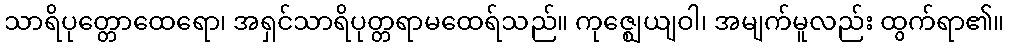
သာရိပုတ္တောထေရော၊ အရှင်သာရိပုတ္တရာမထေရ်သည်။ ကုဇ္ဈေယျဝါ၊ အမျက်မူလည်း ထွက်ရာ၏။